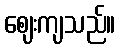
ဈေးကျသည်။